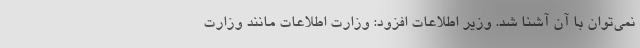
نمی‌توان با آن آشنا شد. وزیر اطلاعات افزود: وزارت اطلاعات مانند وزارت